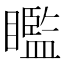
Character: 𥌈